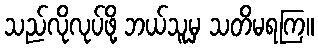
သည်လိုလုပ်ဖို့ ဘယ်သူမှ သတိမရကြ။